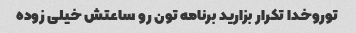
توروخدا تکرار بزارید برنامه تون رو ساعتش خیلی زوده